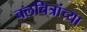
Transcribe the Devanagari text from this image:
चलचित्रांच्या